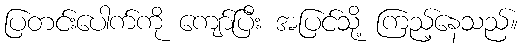
ပြတင်းပေါက်ကို ကျော်ပြီး အပြင်သို့ ကြည့်နေသည်။